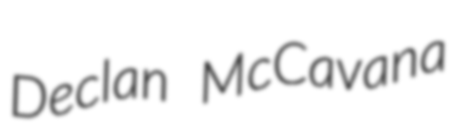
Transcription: Declan McCavana